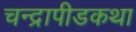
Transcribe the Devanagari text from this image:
चन्द्रापीडकथा